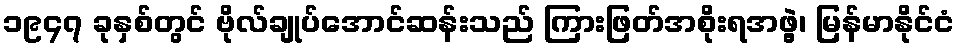
၁၉၄၇ ခုနှစ်တွင် ဗိုလ်ချုပ်အောင်ဆန်းသည် ကြားဖြတ်အစိုးရအဖွဲ့၊ မြန်မာနိုင်ငံ